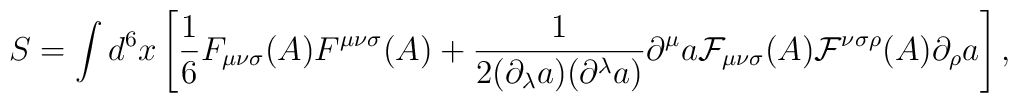
S=\int d^{6}x\left[{\frac 1 6}F_{{\mu}{\nu}{\sigma}}(A)F^{{\mu}{\nu}{\sigma}}(A)+\frac{1}{2({\partial}_{\lambda}a)({\partial}^{\lambda}a)}{\partial}^{\mu}a{\cal F}_{{\mu}{\nu}{\sigma}}(A){\cal F}^{{\nu}{\sigma}{\rho}}(A){\partial}_{\rho}a\right],